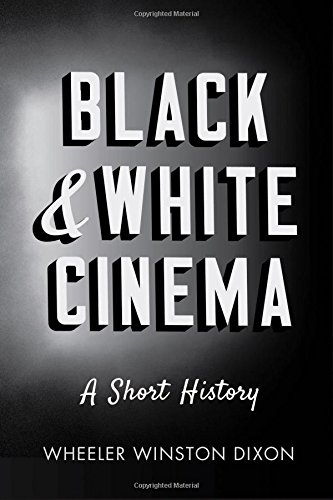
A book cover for Black and White Cinema: A Short History; Wheeler Winston Dixon; Humor & Entertainment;